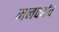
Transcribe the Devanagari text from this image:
मनपर्यव